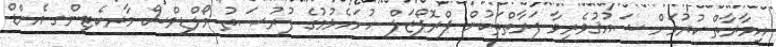
އިމާރާތް ކުރުމަށް ޝައުޤުވެރިވާ ފަރާތްތަކުން ޕްރޮޕޯޒަލް ހުށަހެޅުމުގެ ފުރުޞަތު މޯލްޑިވްސް މާރކެޓިންގ އެންޑް